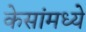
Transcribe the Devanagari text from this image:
केसांमध्ये